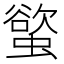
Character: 螸